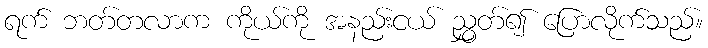
ရက် ဘတ်တလာက ကိုယ်ကို အနည်းငယ် ညွှတ်၍ ပြောလိုက်သည်။